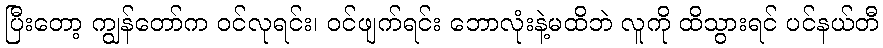
ပြီးတော့ ကျွန်တော်က ဝင်လုရင်း၊ ဝင်ဖျက်ရင်း ဘောလုံးနဲ့မထိဘဲ လူကို ထိသွားရင် ပင်နယ်တီ